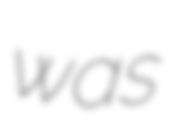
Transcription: was